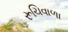
રૂચિવાળા